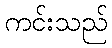
ကင်းသည်